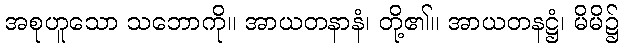
အစုဟူသော သဘောကို။ အာယတနာနံ၊ တို့၏။ အာယတနဋ္ဌံ၊ မိမိ၌